Malarial fevers
Disease focus: Malaria
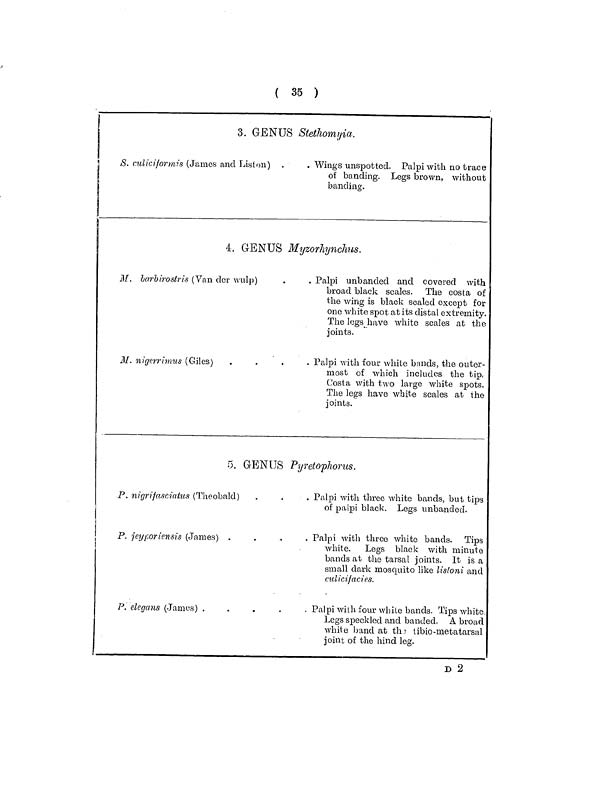
( 35 )
3. GENUS Stethomyia.
S. culiciformis (James and Liston)
Wings unspotted. Palpi with no trace
of banding. Legs brown, without
banding.
4. GENUS Myzorhynchits.
M. barbirostris (Van der wulp)
M. nigerrimus (Giles)
Palpi
unbanded and covered with
broad black scales. The costa of
the wing is black scaled except for
one white spot at its distal extremity.
The legs have white scales at the
joints.
Palpi with four white bands, the outer-
most of which includes the tip-
Costa with two large white spots.
The legs have white scales at the
joints.
5. GENUS Pyretophorus.
P. nigrifasciatus (Theobald)
P. jeyporicnsis (James) .
P. elegans (James)
....
Palpi with three white bands, but tips
of palpi black. Legs unbanded.
Palpi with three white bands. Tips
white. Legs black with minute
bands at the tarsal joints. It is a
small dark mosquito like listoni and
culicifacies.
Palpi with four white bands. Tips white
Legs speckled and banded. A broad
white band at the tibio-metatarsal
joint of the hind leg.
D 2